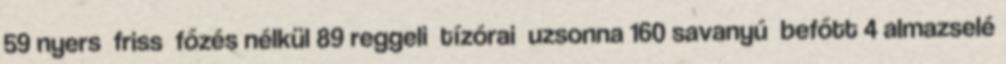
59 nyers friss főzés nélkül 89 reggeli tízórai uzsonna 160 savanyú befőtt 4 almazselé